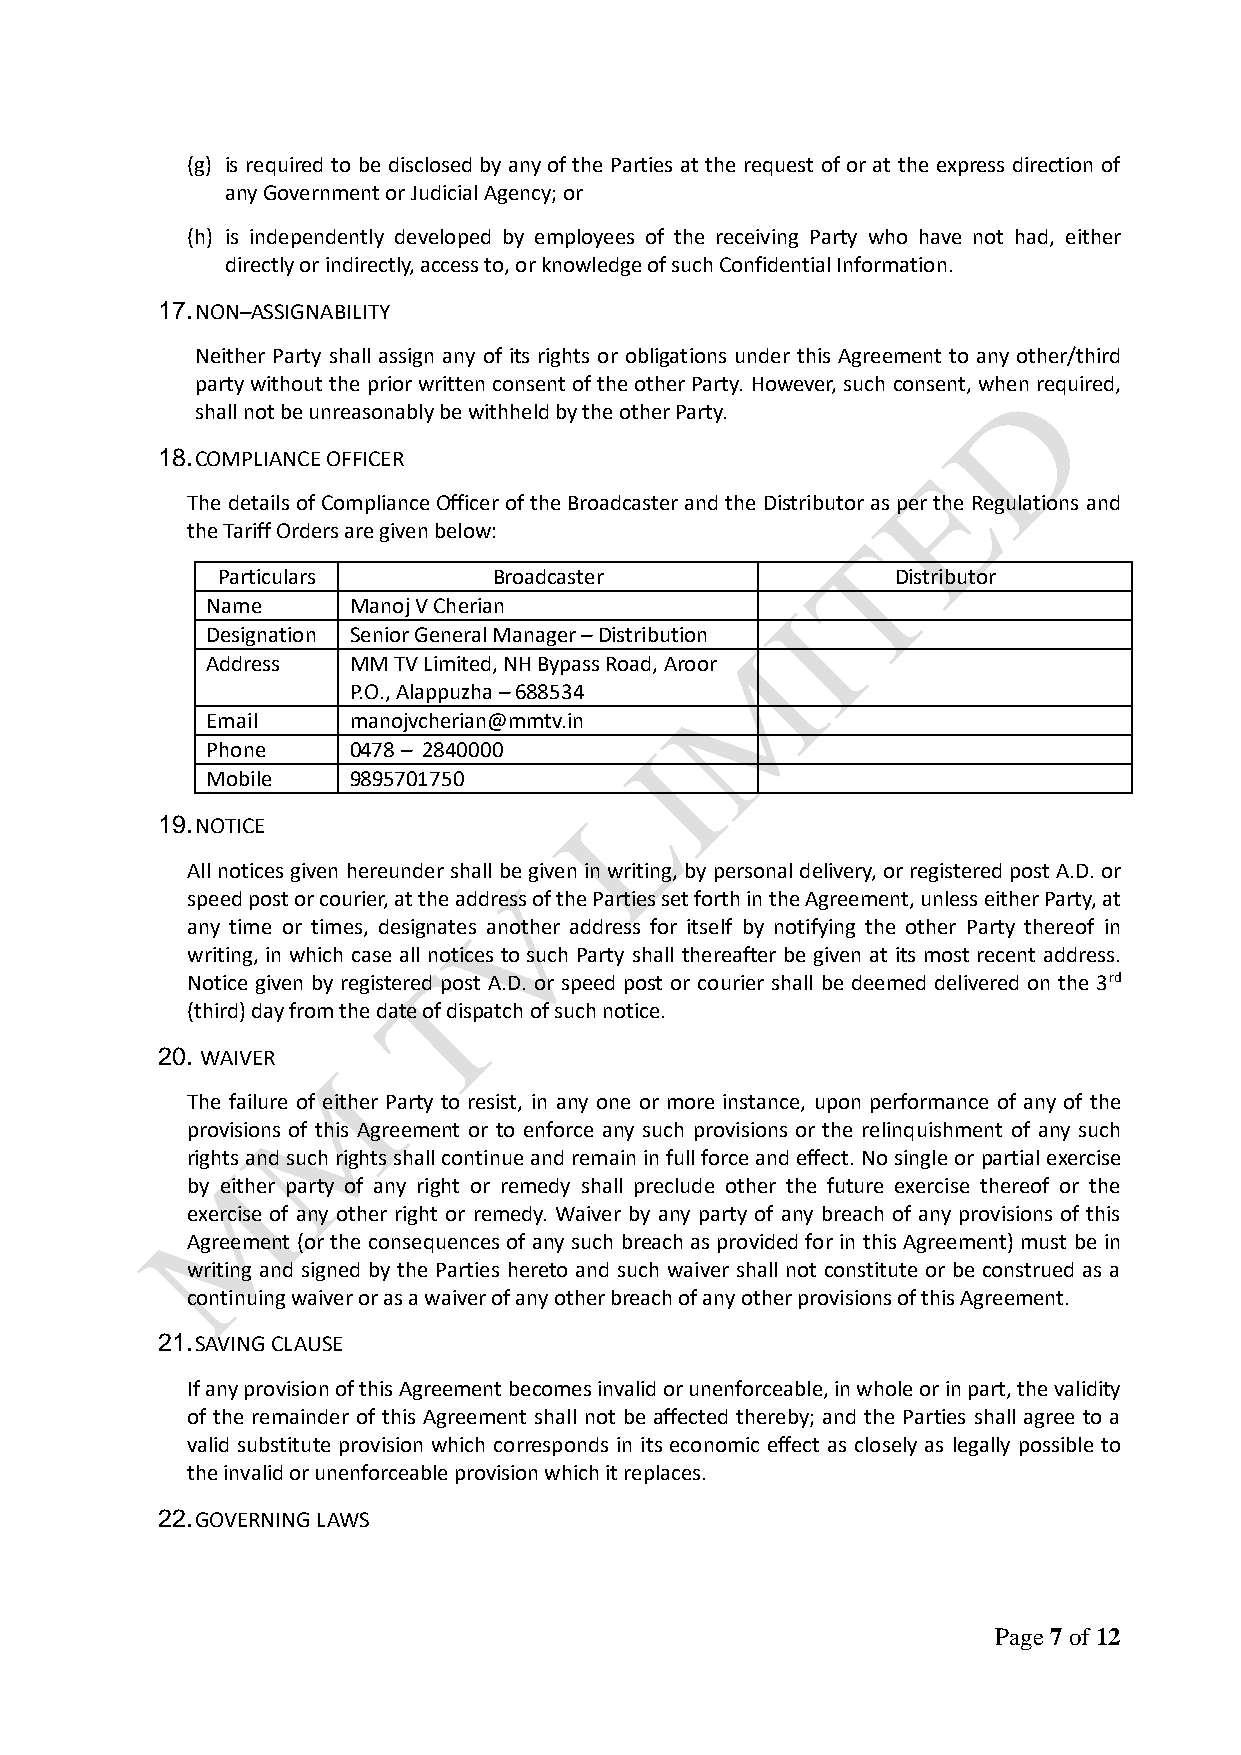
(g) is required to be disclosed by any of the Parties at the request of or at the express direction of
 any Government or Judicial Agency; or
 (h) is independently developed by employees of the receiving Party who have not had, either
 directly or indirectly, access to, or knowledge of such Confidential Information.
 17. NON–ASSIGNABILITY
 Neither Party shall assign any of its rights or obligations under this Agreement to any other/third
 party without the prior written consent of the other Party. However, such consent, when required,
 shall not be unreasonably be withheld by the other Party.
 18. COMPLIANCE OFFICER
 The details of Compliance Officer of the Broadcaster and the Distributor as per the Regulations and
 the Tariff Orders are given below:
 Particulars        Broadcaster               Distributor
 Name     Manoj V Cherian
 Designation Senior General Manager – Distribution
 Address  MM TV Limited, NH Bypass Road, Aroor
 P.O., Alappuzha – 688534
 Email    manojvcherian@mmtv.in
 Phone    0478 – 2840000
 Mobile   9895701750
 19. NOTICE
 All notices given hereunder shall be given in writing, by personal delivery, or registered post A.D. or
 speed post or courier, at the address of the Parties set forth in the Agreement, unless either Party, at
 any time or times, designates another address for itself by notifying the other Party thereof in
 writing, in which case all notices to such Party shall thereafter be given at its most recent address.
 Notice given by registered post A.D. or speed post or courier shall be deemed delivered on the 3rd
 (third) day from the date of dispatch of such notice.
 20. WAIVER
 The failure of either Party to resist, in any one or more instance, upon performance of any of the
 provisions of this Agreement or to enforce any such provisions or the relinquishment of any such
 rights and such rights shall continue and remain in full force and effect. No single or partial exercise
 by either party of any right or remedy shall preclude other the future exercise thereof or the
 exercise of any other right or remedy. Waiver by any party of any breach of any provisions of this
 Agreement (or the consequences of any such breach as provided for in this Agreement) must be in
 writing and signed by the Parties hereto and such waiver shall not constitute or be construed as a
 continuing waiver or as a waiver of any other breach of any other provisions of this Agreement.
 21. SAVING CLAUSE
 If any provision of this Agreement becomes invalid or unenforceable, in whole or in part, the validity
 of the remainder of this Agreement shall not be affected thereby; and the Parties shall agree to a
 valid substitute provision which corresponds in its economic effect as closely as legally possible to
 the invalid or unenforceable provision which it replaces.
 22. GOVERNING LAWS
 Page 7 of 12